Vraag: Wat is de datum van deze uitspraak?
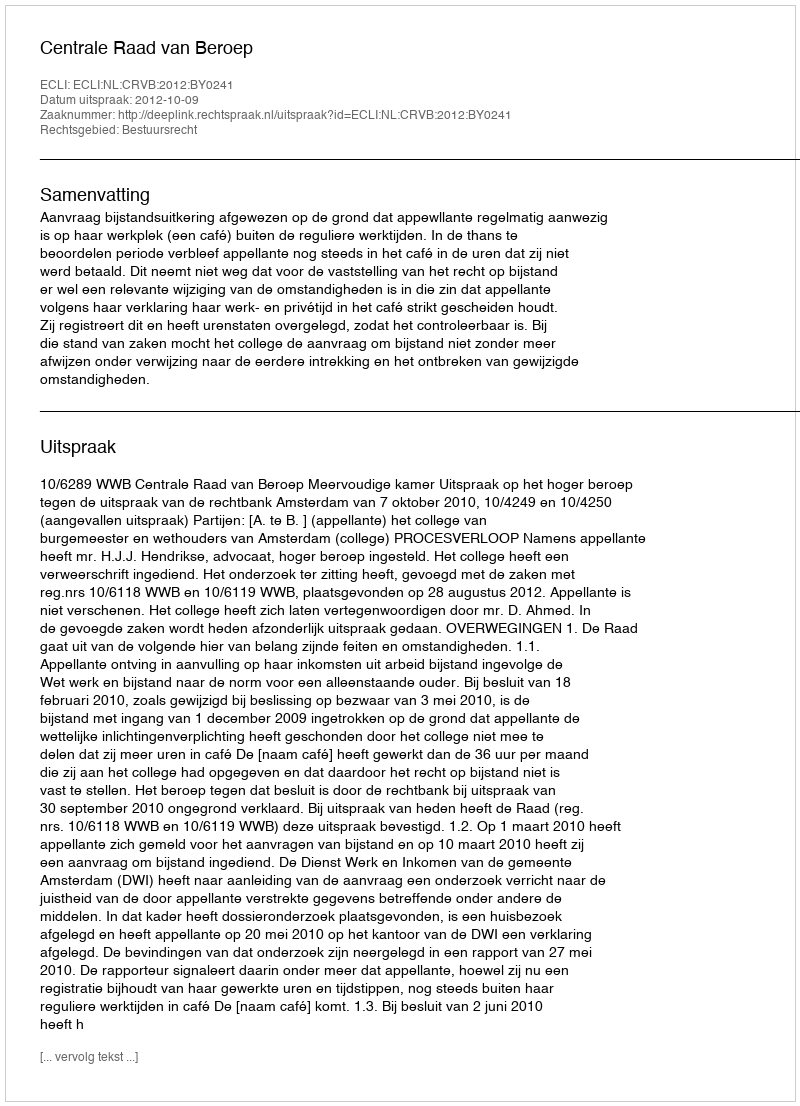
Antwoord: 2012-10-09